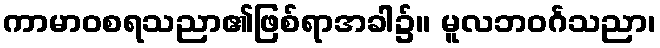
ကာမာဝစရသညာ၏ဖြစ်ရာအခါ၌။ မူလဘဝင်္ဂသညာ၊